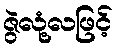
ဇွဲလုံ့လဖြင့်